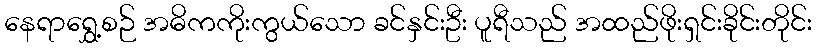
နေရာရွှေ့စဉ် အဓိကကိုးကွယ်သော ခင်နှင်းဦး ပူရီသည် အထည်ဖိုးရှင်းခိုင်းတိုင်း